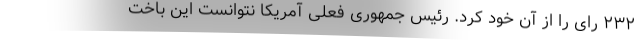
۲۳۲ رای را از آن خود کرد. رئیس جمهوری فعلی آمریکا نتوانست این باخت